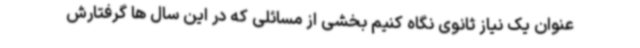
عنوان یک نیاز ثانوی نگاه کنیم بخشی از مسائلی که در این سال ها گرفتارش